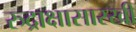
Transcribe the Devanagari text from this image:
रुद्राक्षासारखी